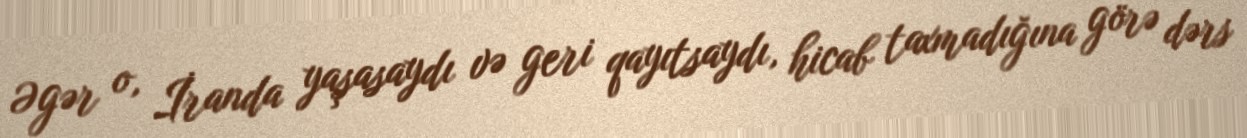
Əgər o, İranda yaşasaydı və geri qayıtsaydı, hicab taxmadığına görə dərs